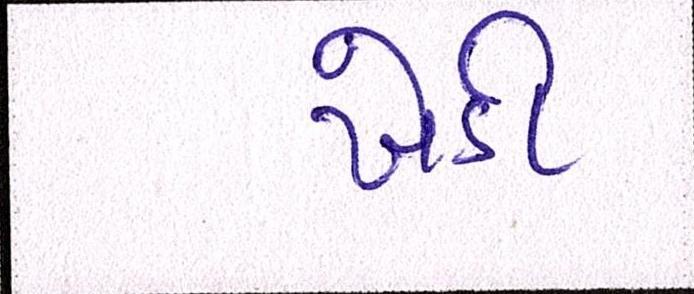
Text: ખેડી